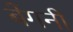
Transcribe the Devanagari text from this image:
बेंगनी